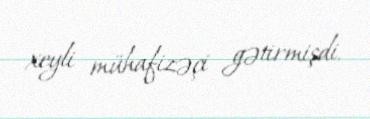
xeyli mühafizəçi gətirmişdi.